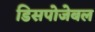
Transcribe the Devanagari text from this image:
डिसपोजेबल